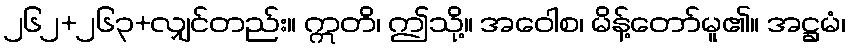
၂၆၂+၂၆၃+လျှင်တည်း။ ဣတိ၊ ဤသို့။ အဝေါစ၊ မိန့်တော်မူ၏။ အဋ္ဌမံ၊